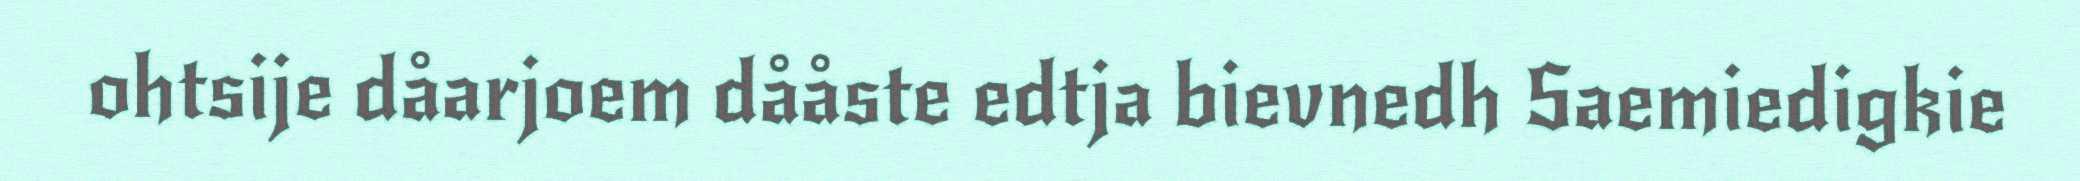
ohtsije dåarjoem dååste edtja bievnedh Saemiedigkie